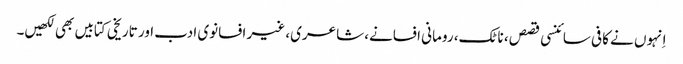
اِنہوں نے کافی سائنسی قصص، ناٹک، رومانی افسانے، شاعری، غیر افسانوی ادب اور تاریخی کتابیں بھی لکھیں۔